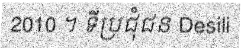
2010 ។ ទីប្រជុំជន Desili